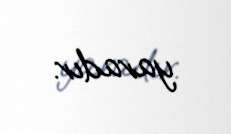
yaradır.